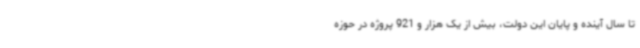
تا سال آینده و پایان این دولت، بیش از یک هزار و 921 پروژه در حوزه